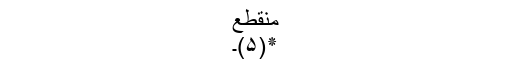
منقطع
٭(۵)۔